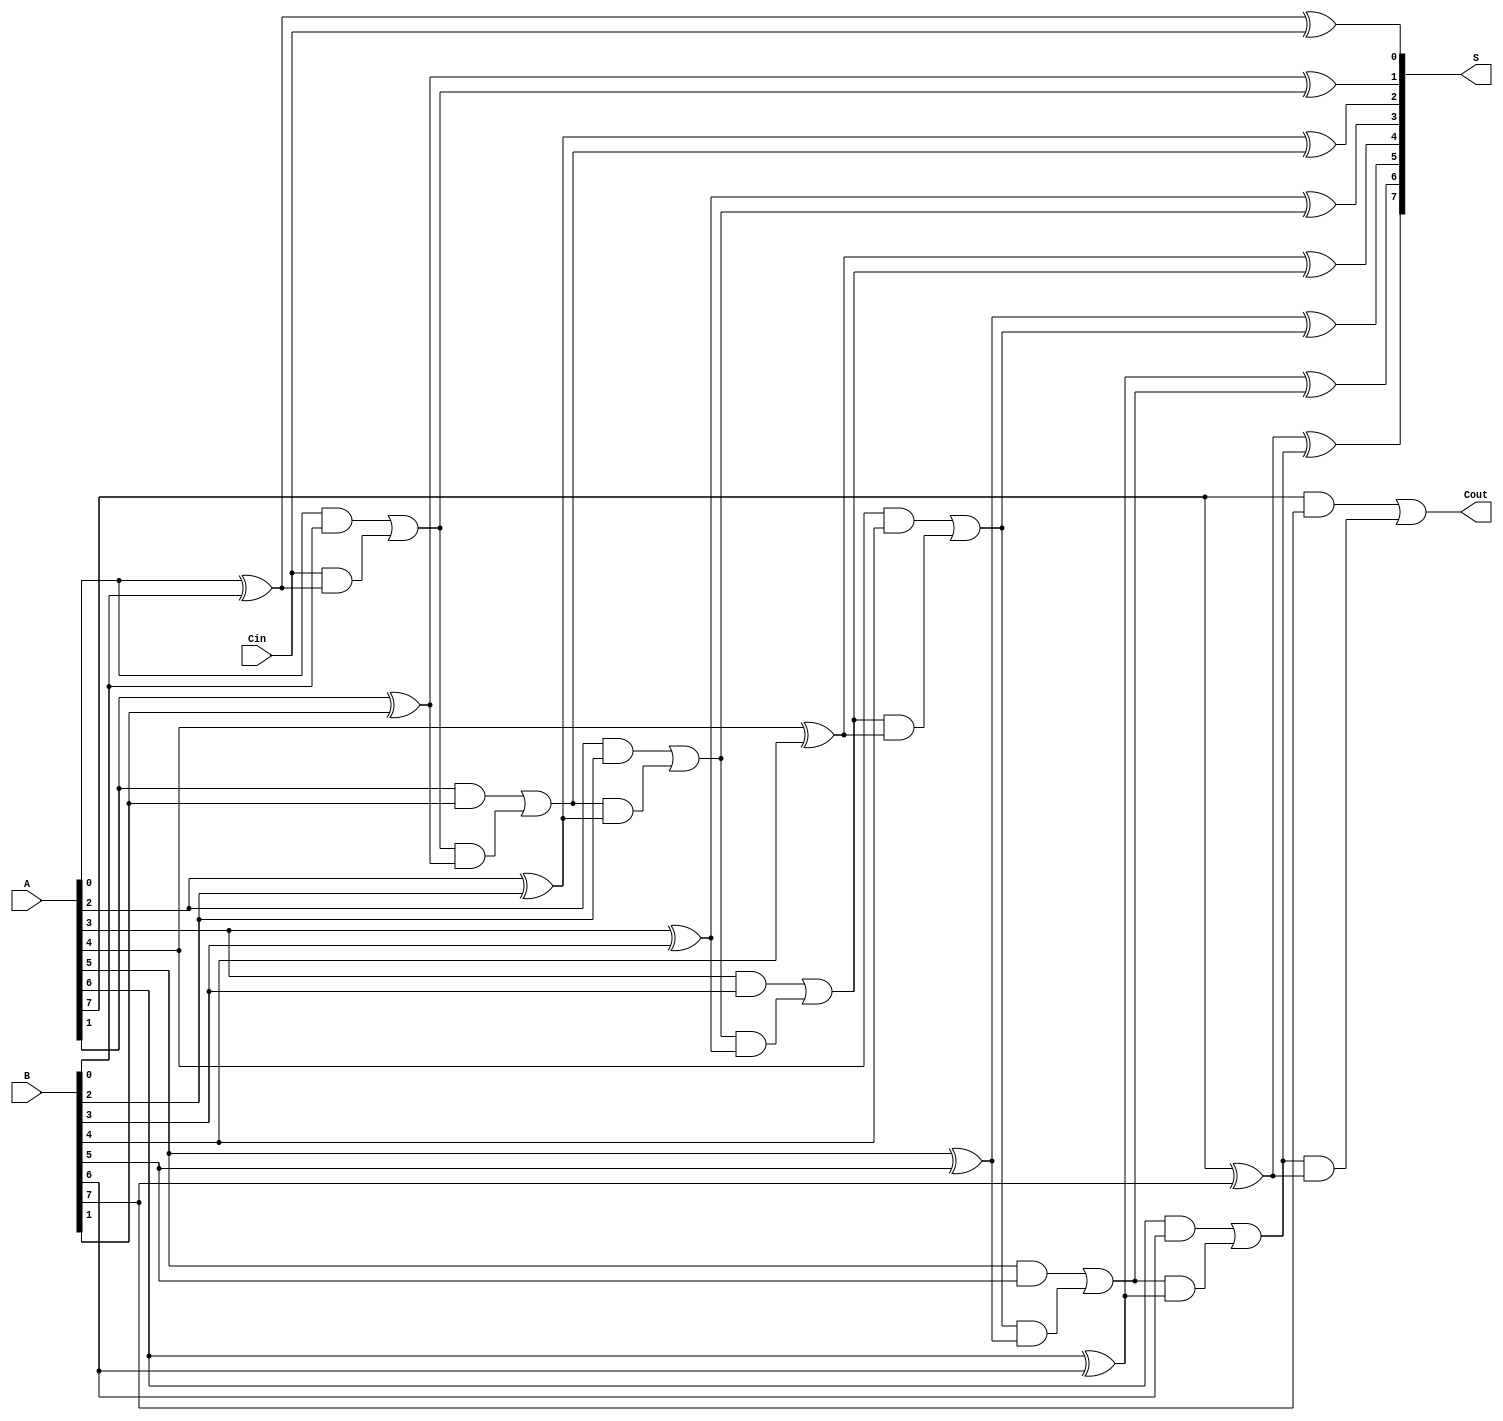
module ManchesterCarryChainAdder #(parameter n = 8) (
    input  wire [n-1:0] A,      // n-bit input A
    input  wire [n-1:0] B,      // n-bit input B
    input  wire Cin,             // Carry-in
    output wire [n-1:0] S,       // n-bit Sum Output
    output wire Cout             // Carry-out
);

    wire [n:0] C;  // Carry signals, C[n] is the carry-out

    // Assign the initial carry-in
    assign C[0] = Cin;

    // Carry generation and sum calculation
    genvar i;
    generate
        for (i = 0; i < n; i = i + 1) begin : carry_sum
            // Carry generation equation
            assign C[i+1] = (A[i] & B[i]) | (C[i] & (A[i] ^ B[i]));
            
            // Sum calculation equation
            assign S[i] = A[i] ^ B[i] ^ C[i];
        end
    endgenerate

    // Assign carry-out for the most significant bit
    assign Cout = C[n];

endmodule